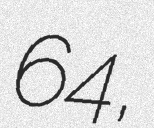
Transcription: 64探偵団,